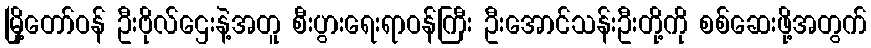
မြို့တော်ဝန် ဦးဗိုလ်ဌေးနဲ့အတူ စီးပွားရေးရာဝန်ကြီး ဦးအောင်သန်းဦးတို့ကို စစ်ဆေးဖို့အတွက်